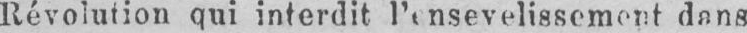
dans